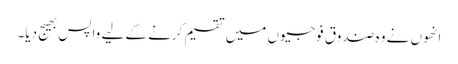
انھوں نے وہ صندوق فوجیوں میں تقسیم کرنے کے لیے واپس بھیج دیا۔